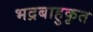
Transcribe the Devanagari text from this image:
भद्रबाहुकृत